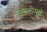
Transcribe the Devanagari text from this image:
सफरींमुळे